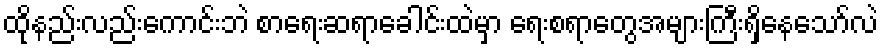
ထိုနည်းလည်းကောင်းဘဲ စာရေးဆရာခေါင်းထဲမှာ ရေးစရာတွေအများကြီးရှိနေသော်လဲ